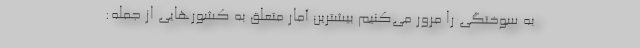
به سوختگی را مرور می‌کنیم بیشترین آمار متعلق به کشورهایی از جمله: